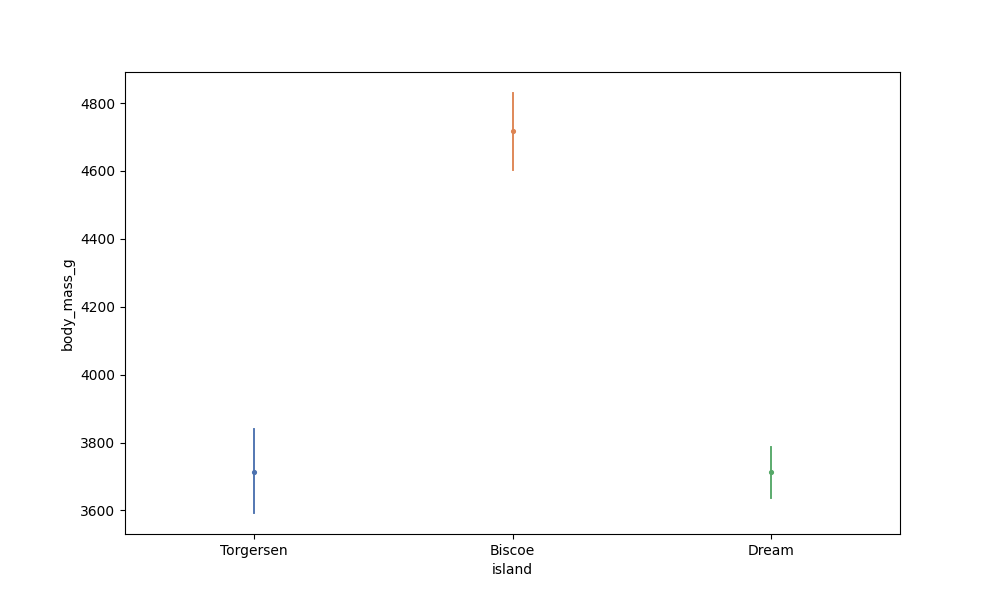
python, seaborn, pointplot, scale=0.5, join=False, hue='None', palette='deep'